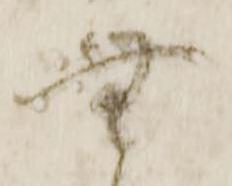
無